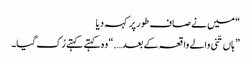
“ میں نے صاف طور پر کہہ دیا
” ہاں تّنی والے واقعہ کے بعد….“ وہ کہتے کہتے رُک گیا۔